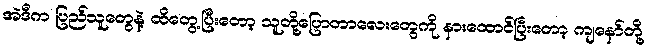
အဲဒီက ပြည်သူတွေနဲ့ ထိတွေ့ပြီးတော့ သူတို့ပြောတာလေးတွေကို နားထောင်ပြီးတော့ ကျနော်တို့